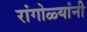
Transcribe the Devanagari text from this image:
रांगोळ्यांनी